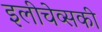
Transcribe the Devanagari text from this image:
इलीचेव्सकी